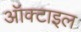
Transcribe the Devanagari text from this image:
ऑक्टाइल